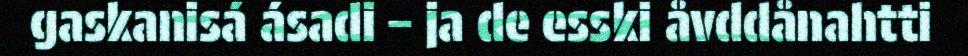
gaskanisá ásadi – ja de esski åvddånahtti